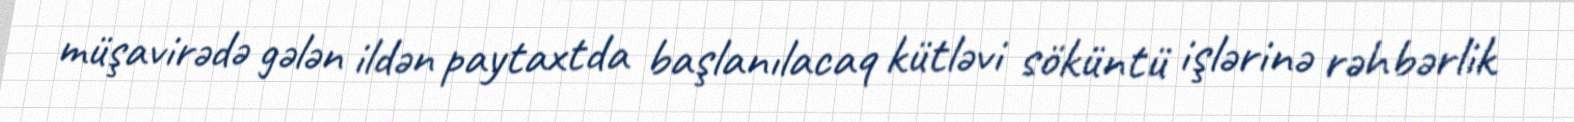
müşavirədə gələn ildən paytaxtda başlanılacaq kütləvi söküntü işlərinə rəhbərlik